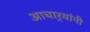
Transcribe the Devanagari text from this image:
आचार्‍यांनी